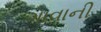
ગાવાની